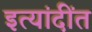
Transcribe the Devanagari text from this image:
इत्यांदींत